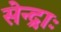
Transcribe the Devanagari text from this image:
सेन्द्राः